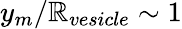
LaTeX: y_{m}/\mathbb{R}_{vesicle}\sim1